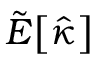
\tilde { E } \big [ \hat { \kappa } \big ]